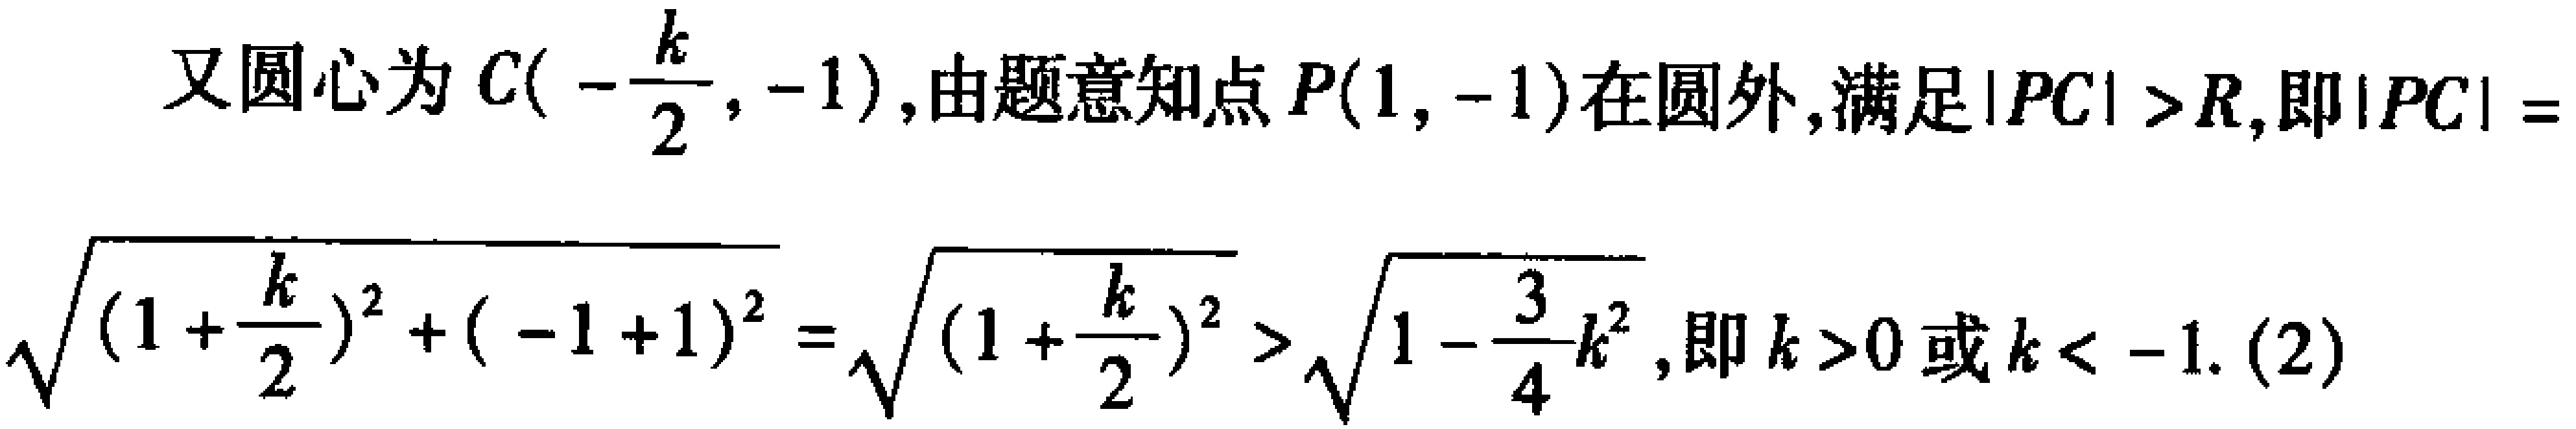
又圆心为\(C(-\frac{k}{2}, -1)\)，由题意知点\(P(1, -1)\)在圆外，满足\(\vert PC\vert > R\)，即\(\vert PC\vert = \sqrt{(1 + \frac{k}{2})^2 + (-1 + 1)^2} = \sqrt{(1 + \frac{k}{2})^2} > \sqrt{1 - \frac{3}{4}k^2}\)，即\(k > 0\)或\(k < -1\). (2)